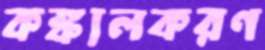
কঙ্কালকরণ